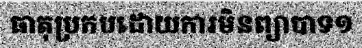
ធាតុប្រកបដោយការមិនព្យាបាទ១